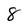
Character: 8